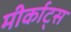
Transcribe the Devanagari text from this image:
मीर्काट्स